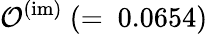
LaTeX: {\cal O}^{(\mathrm{im)}}~(=~0.0654)